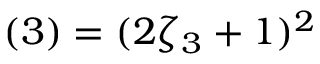
( 3 ) = ( 2 \zeta _ { 3 } + 1 ) ^ { 2 }